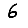
Digit: 6